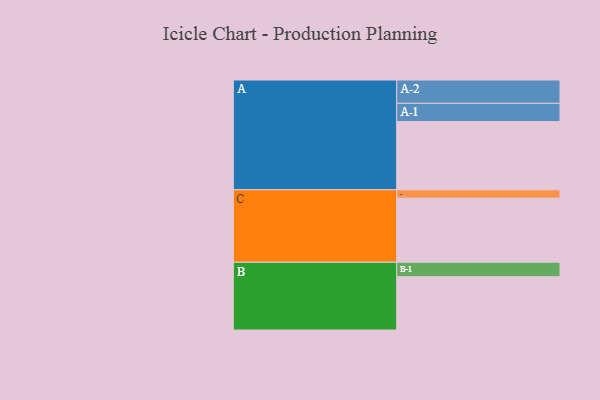
{"axis": {"x": "Segment", "y": "Value"}, "legend": ["", "A", "B", "C"], "data": [{"x": "A", "y": 506, "type": ""}, {"x": "B", "y": 396, "type": ""}, {"x": "C", "y": 476, "type": ""}, {"x": "A-1", "y": 136, "type": "A"}, {"x": "A-2", "y": 173, "type": "A"}, {"x": "B-1", "y": 107, "type": "B"}, {"x": "C-1", "y": 62, "type": "C"}]}